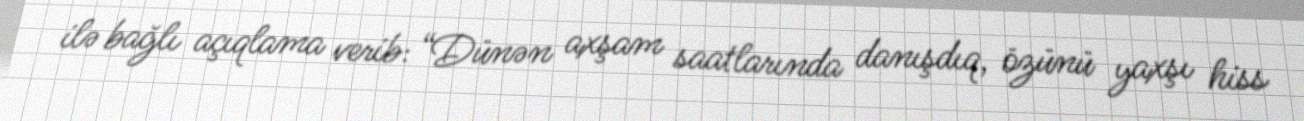
ilə bağlı açıqlama verib: “Dünən axşam saatlarında danışdıq, özünü yaxşı hiss